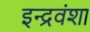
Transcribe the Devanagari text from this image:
इन्द्रवंशा